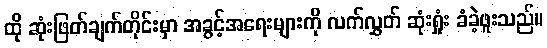
ထို ဆုံးဖြတ်ချက်တိုင်းမှာ အခွင့်အရေးများကို လက်လွှတ် ဆုံးရှုံး ခံခဲ့ဖူးသည်။